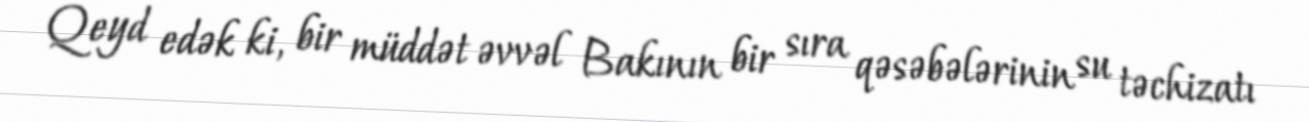
Qeyd edək ki, bir müddət əvvəl Bakının bir sıra qəsəbələrinin su təchizatı